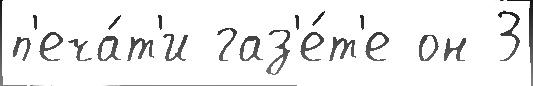
п'еча́т'и газ'е́т'е он 3